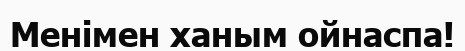
Менімен ханым ойнаспа!